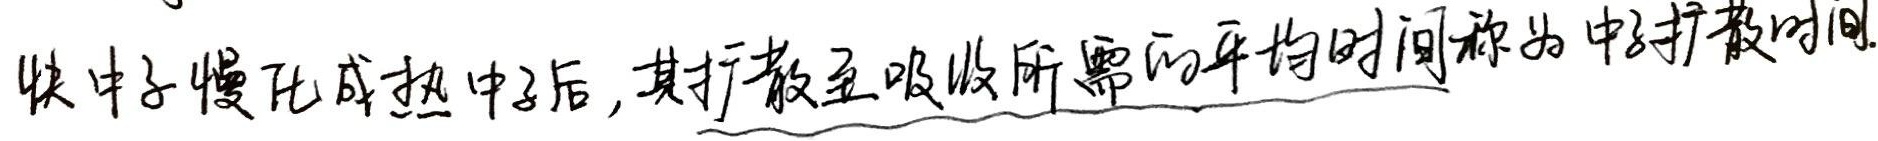
快中子慢化成热中子后，其扩散至吸收所需的平均时间称为中子扩散时间.